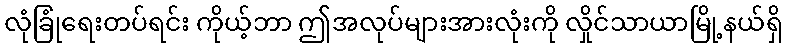
လုံခြုံရေးတပ်ရင်း ကိုယ့်ဘာ ဤအလုပ်များအားလုံးကို လှိုင်သာယာမြို့နယ်ရှိ